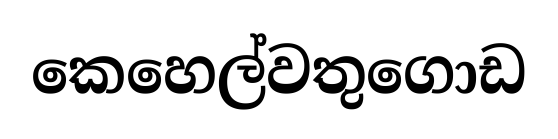
කෙහෙල්වතුගොඩ